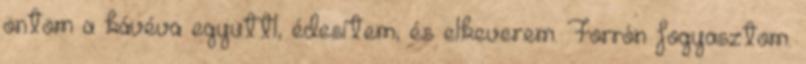
öntöm a kávéva együttl, édesítem, és elkeverem. Forrón fogyasztom.